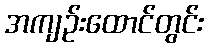
အကျဉ်းထောင်တွင်း